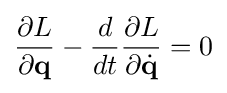
{\frac {\partial L}{\partial \mathbf {q} }}-{\frac {d}{dt}}{\frac {\partial L}{\partial {\dot {\mathbf {q} }}}}=0